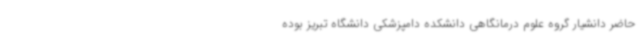
حاضر دانشیار گروه علوم درمانگاهی دانشکده دامپزشکی دانشگاه تبریز بوده